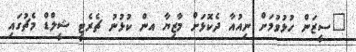
"ސީޒަން ހުޅުވުމަށް ނިއުއާ ދެކޮޅަށް މާޒިޔާ އން ކުޅުނު ޗެރެޓީ ޝީލްޑް މެޗުގައި